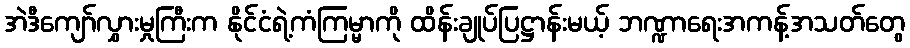
အဲဒီကျော်လွှားမှုကြီးက နိုင်ငံရဲ့ကံကြမ္မာကို ထိန်းချုပ်ပြဋ္ဌာန်းမယ့် ဘဏ္ဍာရေးအကန့်အသတ်တွေ